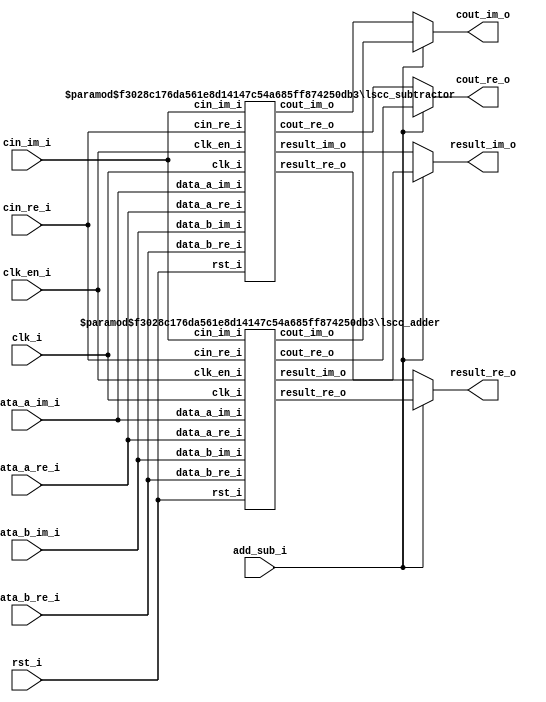
// =============================================================================
// >>>>>>>>>>>>>>>>>>>>>>>>> COPYRIGHT NOTICE <<<<<<<<<<<<<<<<<<<<<<<<<<<<<<<<<<
// -----------------------------------------------------------------------------
//   Copyright (c) 2018 by Lattice Semiconductor Corporation
//   ALL RIGHTS RESERVED 
// -----------------------------------------------------------------------------
//
//   Permission:
//
//      Lattice SG Pte. Ltd. grants permission to use this code
//      pursuant to the terms of the Lattice Reference Design License Agreement. 
//
//
//   Disclaimer:
//
//      This VHDL or Verilog source code is intended as a design reference
//      which illustrates how these types of functions can be implemented.
//      It is the user's responsibility to verify their design for
//      consistency and functionality through the use of formal
//      verification methods.  Lattice provides no warranty
//      regarding the use or functionality of this code.
//
// -----------------------------------------------------------------------------
//
//                  Lattice SG Pte. Ltd.
//                  101 Thomson Road, United Square #07-02 
//                  Singapore 307591
//
//
//                  TEL: 1-800-Lattice (USA and Canada)
//                       +65-6631-2000 (Singapore)
//                       +1-503-268-8001 (other locations)
//
//                  web: http://www.latticesemi.com/
//
// -----------------------------------------------------------------------------
//
// =============================================================================
//                         FILE DETAILS         
// Project               : 
// Title                 : 
// Dependencies          : 
// Description           : A two-input adder/subtractor that performs 
//                       : signed/unsigned addition/subtraction of the data 
//                       : from inputs data_a_re_i and data_b_re_i with an 
//                       : optional cin_re_i carry/borrow input. The output 
//                       : result carries the Sum/Difference of the 
//						 : addition/subtraction operation with an optional 
//						 : cout_re_o carry/borrow output.
// =============================================================================
//                        REVISION HISTORY
// Version               : 1.0.0.
// Author(s)             : 
// Mod. Date             : 
// Changes Made          : Initial release.
// =============================================================================

`ifndef LSCC_ADD_SUB
`define LSCC_ADD_SUB

module lscc_add_sub #
// -----------------------------------------------------------------------------
// Module Parameters
// -----------------------------------------------------------------------------
(
parameter integer D_WIDTH        = 16,
parameter         SIGNED         = "off",
parameter [ 0:0]  USE_CNUM       = 1'b0,
parameter [ 0:0]  USE_CIN        = 1'b0,
parameter [ 0:0]  USE_COUT       = 1'b0,
parameter [ 0:0]  USE_OREG       = 1'b0,
parameter integer PIPELINES      = 0,
parameter [ 0:0]  PIPE_4BIT      = 1'b0,
parameter         FAMILY         = "LIFCL"
)
// -----------------------------------------------------------------------------
// Ports
// -----------------------------------------------------------------------------
(
  // ----- Clocks-Resets for registering -----
clk_i,
clk_en_i,
rst_i,

  // ----- Addition/Subtraction IOs -----
add_sub_i  ,
data_a_re_i,
data_a_im_i,
data_b_re_i,
data_b_im_i,
cin_re_i   ,
cin_im_i   ,
result_re_o,
result_im_o,
cout_re_o  ,
cout_im_o
);

// -----------------------------------------------------------------------------
// Local Parameters
// -----------------------------------------------------------------------------
// Modifying parameter interpretations for easy internal use
// Elaboration Computed
// Not to be externally Overridden/Configured even if parameters

localparam integer I_WIDTH = D_WIDTH;
localparam integer I_WDT = (I_WIDTH < 1) ? 1 : I_WIDTH;
localparam integer MAX_PIPES = ((I_WDT - 1) >> (3 - PIPE_4BIT));
localparam integer PIPES = (PIPELINES > MAX_PIPES) ? MAX_PIPES :
                                                     PIPELINES ;
localparam [I_WDT-1:0] I_VAL_0 = {I_WDT{1'b0}};

// -----------------------------------------------------------------------------
// Declared Input/Output Ports
// -----------------------------------------------------------------------------
  // ----- Clocks-Resets for registering -----
input                  clk_i   ;
input                  clk_en_i;
input                  rst_i   ;

  // ----- Addition/Subtraction IOs -----
input                  add_sub_i  ;
input      [I_WDT-1:0] data_a_re_i;
input      [I_WDT-1:0] data_a_im_i;
input      [I_WDT-1:0] data_b_re_i;
input      [I_WDT-1:0] data_b_im_i;
input                  cin_re_i   ;
input                  cin_im_i   ;
output reg [I_WDT-1:0] result_re_o;
output reg [I_WDT-1:0] result_im_o;
output reg             cout_re_o  ;
output reg             cout_im_o  ;

// -----------------------------------------------------------------------------
// Wire Declarations for Addition/Subtraction
// -----------------------------------------------------------------------------
// ----- Addition -----
wire [I_WDT-1:0] ApB_Re;
wire [I_WDT-1:0] ApB_Im;
wire             pCo_Re;
wire             pCo_Im;

// ----- Subtraction -----
wire [I_WDT-1:0] AmB_Re;
wire [I_WDT-1:0] AmB_Im;
wire             mCo_Re;
wire             mCo_Im;

// -----------------------------------------------------------------------------
// ----- Wire Declarations for Addition/Subtraction Selection -----
// -----------------------------------------------------------------------------
wire add_sub_w;

wire [I_WDT-1:0] result_Re = add_sub_w ? ApB_Re : AmB_Re;
wire [I_WDT-1:0] result_Im = add_sub_w ? ApB_Im : AmB_Im;
wire                 Co_Re = add_sub_w ? pCo_Re : mCo_Re;
wire                 Co_Im = add_sub_w ? pCo_Im : mCo_Im;

// -----------------------------------------------------------------------------
// Submodule Instantiations
// -----------------------------------------------------------------------------
lscc_adder #
(
  .D_WIDTH        ( I_WDT     ),
  .SIGNED         ( SIGNED    ),
  .USE_CNUM       ( USE_CNUM  ),
  .USE_CIN        ( USE_CIN   ),
  .USE_COUT       ( USE_COUT  ),
  .USE_OREG       ( 1'b0      ),
  .PIPELINES      ( PIPES     ),
  .PIPE_4BIT      ( PIPE_4BIT )
) 

U_ADDER (
  // ----- Clocks-Resets for registering -----
  .clk_i     ( clk_i     ),  // I:             Top
  .clk_en_i  ( clk_en_i  ),  // I:             Top
  .rst_i     ( rst_i     ),  // I:             Top

  // ----- Addition IOs -----
  .data_a_re_i  ( data_a_re_i ),  // O: [I_WDT-1:0] Top
  .data_a_im_i  ( data_a_im_i ),  // O: [I_WDT-1:0] Top
  .data_b_re_i  ( data_b_re_i ),  // O: [I_WDT-1:0] Top
  .data_b_im_i  ( data_b_im_i ),  // O: [I_WDT-1:0] Top
  .cin_re_i     ( cin_re_i    ),  // O:             Top
  .cin_im_i     ( cin_im_i    ),  // O:             Top
  .result_re_o  ( ApB_Re      ),  // O: [I_WDT-1:0]
  .result_im_o  ( ApB_Im      ),  // O: [I_WDT-1:0]
  .cout_re_o    ( pCo_Re      ),  // O:            
  .cout_im_o    ( pCo_Im      )   // O:            
);  // U_ADDER

lscc_subtractor #
(
  .D_WIDTH        ( I_WDT     ),
  .SIGNED         ( SIGNED    ),
  .USE_CNUM       ( USE_CNUM  ),
  .USE_CIN        ( USE_CIN   ),
  .USE_COUT       ( USE_COUT  ),
  .USE_OREG       ( 1'b0      ),
  .PIPELINES      ( PIPES     ),
  .PIPE_4BIT      ( PIPE_4BIT )
) 

U_SUBTRACTOR (
  // ----- Clocks-Resets for registering -----
  .clk_i     ( clk_i    ),  // I:             Top
  .clk_en_i  ( clk_en_i ),  // I:             Top
  .rst_i     ( rst_i    ),  // I:             Top

  // ----- Subtraction IOs -----
  .data_a_re_i  ( data_a_re_i ),  // O: [I_WDT-1:0] Top
  .data_a_im_i  ( data_a_im_i ),  // O: [I_WDT-1:0] Top
  .data_b_re_i  ( data_b_re_i ),  // O: [I_WDT-1:0] Top
  .data_b_im_i  ( data_b_im_i ),  // O: [I_WDT-1:0] Top
  .cin_re_i     ( cin_re_i    ),  // O:             Top
  .cin_im_i     ( cin_im_i    ),  // O:             Top
  .result_re_o  ( AmB_Re      ),  // O: [I_WDT-1:0]
  .result_im_o  ( AmB_Im      ),  // O: [I_WDT-1:0]
  .cout_re_o    ( mCo_Re      ),  // O:            
  .cout_im_o    ( mCo_Im      )   // O:            
);  // U_SUBTRACTOR

// -----------------------------------------------------------------------------
// ----- Addition/Subtraction Selection -----
// -----------------------------------------------------------------------------
// Pipelining the Add_Sub selector so that each transfer can have
// independent Addition/Subtraction Selection

generate
if(PIPES > 0)
begin : U_PIPELINES_GT_0
    // --------------
    // Pipelined
    // --------------
  reg add_sub_pipe [PIPES-1:0];

  integer i;
  always @(posedge clk_i or posedge rst_i)
  begin
    if(rst_i)
    begin
      for(i = 0 ; i < PIPES ; i = i + 1)
        add_sub_pipe[i] <= 1'b0;
    end
    else
    begin
      for(i = 0 ; i < PIPES ; i = i + 1)
      begin
        if(i == 0) add_sub_pipe[0] <= add_sub_i        ;
        else       add_sub_pipe[i] <= add_sub_pipe[i-1];
      end
    end
  end

  assign add_sub_w = add_sub_pipe[PIPES-1];
end  // U_PIPELINES_GT_0
else
begin : U_PIPELINES_EQ_0
    // --------------
    // Combinatorial
    // --------------
  assign add_sub_w = add_sub_i;
end  // U_PIPELINES_EQ_0
endgenerate



// -----------------------------------------------------------------------------
// ----- Output Registering -----
// -----------------------------------------------------------------------------
generate
if(USE_OREG)
begin : U_USE_OREG_ON
    // ------------------
    // Sequential Output
    // ------------------
  always @(posedge clk_i or posedge rst_i)
  begin
    if(rst_i)
    begin
      result_re_o <= I_VAL_0;
      result_im_o <= I_VAL_0;
      cout_re_o   <= 1'b0   ;
      cout_im_o   <= 1'b0   ;
    end
    else if(clk_en_i)
    begin
      result_re_o <= result_Re;
      result_im_o <= result_Im;
      cout_re_o   <=     Co_Re;
      cout_im_o   <=     Co_Im;
    end
  end
end  // U_USE_OREG_ON
else
begin : U_USE_OREG_OFF
    // ---------------------
    // Combinatorial Output
    // ---------------------
  always @( * )
  begin
    result_re_o = result_Re;
    result_im_o = result_Im;
    cout_re_o   =     Co_Re;
    cout_im_o   =     Co_Im;
  end
end  // U_USE_OREG_OFF
endgenerate

// synthesis translate_off

// -----------------------------------------------------------------------------
// Parsing User Configurations
// -----------------------------------------------------------------------------
initial
begin
  if(I_WIDTH != I_WDT)
  begin
    $display("@I:Invalid configuration D_WIDTH = %d", I_WIDTH);
    $display("@I:Corrected to                           %d", I_WDT);
  end

  if(PIPELINES != PIPES)
  begin
    $display("@I:Invalid configuration PIPELINES = %d", PIPELINES);
    $display("@I:Corrected to                      %d", PIPES    );
  end
end

// synthesis translate_on

endmodule 
//=============================================================================
// lscc_add_sub.v
//=============================================================================

`endif

// =============================================================================
// >>>>>>>>>>>>>>>>>>>>>>>>> COPYRIGHT NOTICE <<<<<<<<<<<<<<<<<<<<<<<<<<<<<<<<<<
// -----------------------------------------------------------------------------
//   Copyright (c) 2017 by Lattice Semiconductor Corporation
//   ALL RIGHTS RESERVED 
// -----------------------------------------------------------------------------
//
//   Permission:
//
//      Lattice SG Pte. Ltd. grants permission to use this code
//      pursuant to the terms of the Lattice Reference Design License Agreement. 
//
//
//   Disclaimer:
//
//      This VHDL or Verilog source code is intended as a design reference
//      which illustrates how these types of functions can be implemented.
//      It is the user's responsibility to verify their design for
//      consistency and functionality through the use of formal
//      verification methods.  Lattice provides no warranty
//      regarding the use or functionality of this code.
//
// -----------------------------------------------------------------------------
//
//                  Lattice SG Pte. Ltd.
//                  101 Thomson Road, United Square #07-02 
//                  Singapore 307591
//
//
//                  TEL: 1-800-Lattice (USA and Canada)
//                       +65-6631-2000 (Singapore)
//                       +1-503-268-8001 (other locations)
//
//                  web: http://www.latticesemi.com/
//
// -----------------------------------------------------------------------------
//
// =============================================================================
//                         FILE DETAILS         
// Project               : 
// Title                 : 
// Dependencies          : 
// Description           : A two-input adder that performs signed/unsigned
//                       : addition of the data from inputs DataA and DataB
//                       : with an optional Cin carry input. The output Result
//                       : carries the Sum of the addition operation with an
//                       : optional Cout carry output.
// =============================================================================
//                        REVISION HISTORY
// Version               : 1.1.0.
// Author(s)             : 
// Mod. Date             : 
// Changes Made          : Removed register input option.
// =============================================================================

`ifndef LSCC_ADDER
`define LSCC_ADDER

module lscc_adder #
// -----------------------------------------------------------------------------
// Module Parameters
// -----------------------------------------------------------------------------
(
parameter integer            D_WIDTH   = 16,
parameter                    SIGNED    = "off",
parameter                    USE_CNUM  = 0,
parameter                    USE_CIN   = 0,
parameter                    USE_COUT  = 0,
parameter                    USE_IREG  = "off",
parameter                    USE_OREG  = "off",
parameter integer            PIPELINES = 0,
parameter                    PIPE_4BIT = 1'b0,
parameter                    FAMILY    = "LIFCL"
)
// -----------------------------------------------------------------------------
// Input/Output Ports
// -----------------------------------------------------------------------------
(
input                        clk_i,
input                        clk_en_i,
input                        rst_i,
input [D_WIDTH-1:0]          data_a_re_i,
input [D_WIDTH-1:0]          data_a_im_i,
input [D_WIDTH-1:0]          data_b_re_i,
input [D_WIDTH-1:0]          data_b_im_i,
input                        cin_re_i,
input                        cin_im_i,

output reg [D_WIDTH-1:0]     result_re_o,
output reg [D_WIDTH-1:0]     result_im_o,
output reg                   cout_re_o,
output reg                   cout_im_o
);

// -----------------------------------------------------------------------------
// Local Parameters
// -----------------------------------------------------------------------------
localparam                   CNUM      = (USE_CNUM == 0) ? 1'b0 : 1'b1;
localparam                   CIN       = (USE_CIN  == 0) ? 1'b0 : 1'b1;
localparam                   COUT      = (USE_COUT == 0) ? 1'b0 : 1'b1;
localparam integer           MAX_PIPES = ((D_WIDTH - 1) >> (3 - PIPE_4BIT));
localparam integer           PIPES     = (PIPELINES > MAX_PIPES) ? MAX_PIPES : PIPELINES;
localparam integer           MIN_SFT   = (D_WIDTH/(PIPES + 1));
localparam integer           MIN_SFT_C = (MIN_SFT * (PIPES + 1));
localparam integer           SFT_WDT   = (MIN_SFT + (MIN_SFT_C < D_WIDTH));
localparam integer           PIPE_WDT  = (PIPES * SFT_WDT);
localparam [D_WIDTH-1:0]     I_VAL_0   = {D_WIDTH{1'b0}};

// -----------------------------------------------------------------------------
// Combinatorial/Sequential Registers
// -----------------------------------------------------------------------------
reg [D_WIDTH-1:0]            A_Re;
reg [D_WIDTH-1:0]            B_Re;
reg [D_WIDTH-1:0]            A_Im;
reg [D_WIDTH-1:0]            B_Im;
reg                          Ci_Im;
reg                          Ci_Re;
reg                          Co_Re;
reg                          Co_Im;

// -----------------------------------------------------------------------------
// Wire Declarations
// -----------------------------------------------------------------------------
wire [D_WIDTH-1:0]           ApB_Re;
wire [D_WIDTH-1:0]           ApB_Im;
wire                         A_Re_msb;
wire                         B_Re_msb;
wire                         A_Im_msb;
wire                         B_Im_msb;

wire                         ApB_Re_msb = ApB_Re[D_WIDTH-1];
wire                         ApB_Im_msb = ApB_Im[D_WIDTH-1];
wire                         Co_Re_c    = (COUT & Co_Re);
wire                         Co_Im_c    = (COUT & Co_Im);

// -----------------------------------------------------------------------------
// Combinatorial Blocks
// -----------------------------------------------------------------------------
always @* begin
  if (SIGNED == "on") begin
    case({A_Re_msb, B_Re_msb})
      2'b00: Co_Re =  ApB_Re_msb;
      2'b11: Co_Re = ~ApB_Re_msb;
      2'b01,
      2'b10: Co_Re = 1'b0;
    endcase

    case({A_Im_msb, B_Im_msb})
      2'b00: Co_Im =  ApB_Im_msb;
      2'b11: Co_Im = ~ApB_Im_msb;
      2'b01,
      2'b10: Co_Im = 1'b0;
    endcase
  end
  else begin
    case({A_Re_msb, B_Re_msb})
      2'b00: Co_Re = 1'b0;
      2'b11: Co_Re = 1'b1;
      2'b01,
      2'b10: Co_Re = ~ApB_Re_msb;
    endcase

    case({A_Im_msb, B_Im_msb})
      2'b00: Co_Im = 1'b0;
      2'b11: Co_Im = 1'b1;
      2'b01,
      2'b10: Co_Im = ~ApB_Im_msb;
    endcase
  end
end

// -----------------------------------------------------------------------------
// Generate Combinatorial/Sequential Blocks
// -----------------------------------------------------------------------------
generate
  if(USE_IREG == "on") begin : U_I_REG_ON
    // -----------------
    // Sequential Input
    // -----------------
    always @ (posedge clk_i or posedge rst_i) begin
      if (rst_i) begin
        A_Re  <= I_VAL_0;
        B_Re  <= I_VAL_0;
        A_Im  <= I_VAL_0;
        B_Im  <= I_VAL_0;
        Ci_Im <= 1'b0;
        Ci_Re <= 1'b0;
      end
      else if (clk_en_i) begin
        A_Re  <= data_a_re_i ;
        B_Re  <= data_b_re_i ;
        A_Im  <= ({D_WIDTH {CNUM}} & data_a_im_i);
        B_Im  <= ({D_WIDTH {CNUM}} & data_b_im_i);
        Ci_Im <= (CIN & CNUM & cin_im_i);
        Ci_Re <= (CIN & cin_re_i);
      end
    end
  end  // U_I_REG_ON
  else begin : U_I_REG_OFF
    // --------------------
    // Combinatorial Input
    // --------------------
    always @* begin
      A_Re  = data_a_re_i ;
      B_Re  = data_b_re_i ;
      A_Im  = ({D_WIDTH {CNUM}} & data_a_im_i);
      B_Im  = ({D_WIDTH {CNUM}} & data_b_im_i);
      Ci_Im = (CIN & CNUM & cin_im_i);
      Ci_Re = (CIN & cin_re_i);
    end
  end  // U_I_REG_OFF
endgenerate

generate
  if (PIPES > 0) begin : U_PIPELINES_GT_0
    // -------------------------------------------------------------------------
    // PIPELINED
    // Addition here happens as given below.
    // rst_i: All pipes initialized to All 0's
    // i is 0: Add raw inputs of Shift Width size
    // Add piped inputs of Shift Width size and accumulate with the value
    // from the previous pipe.
    // -------------------------------------------------------------------------
    reg [D_WIDTH-1:0] A_Re_pipe [PIPES-1:0];
    reg [D_WIDTH-1:0] B_Re_pipe [PIPES-1:0];
    reg [D_WIDTH-1:0] A_Im_pipe [PIPES-1:0];
    reg [D_WIDTH-1:0] B_Im_pipe [PIPES-1:0];
    reg [D_WIDTH-1:0] ApB_Re_pipe [PIPES-1:0];
    reg [D_WIDTH-1:0] ApB_Im_pipe [PIPES-1:0];
  
    integer i;
    always @ (posedge clk_i or posedge rst_i) begin
      if (rst_i) begin
        for(i = 0 ; i < PIPES ; i = i + 1) begin
          A_Re_pipe[i]   <= I_VAL_0;
          B_Re_pipe[i]   <= I_VAL_0;
          A_Im_pipe[i]   <= I_VAL_0;
          B_Im_pipe[i]   <= I_VAL_0;
          ApB_Re_pipe[i] <= I_VAL_0;
          ApB_Im_pipe[i] <= I_VAL_0;
        end
      end
      else begin
        for (i = 0 ; i < PIPES ; i = i + 1) begin
          if (i == 0) begin
            A_Re_pipe[0] <= A_Re;
            B_Re_pipe[0] <= B_Re;
            A_Im_pipe[0] <= A_Im;
            B_Im_pipe[0] <= B_Im;
          end
          else begin
            A_Re_pipe[i] <= A_Re_pipe[i-1];
            B_Re_pipe[i] <= B_Re_pipe[i-1];
            A_Im_pipe[i] <= A_Im_pipe[i-1];
            B_Im_pipe[i] <= B_Im_pipe[i-1];
          end
  
          if (i == 0) begin
            ApB_Re_pipe[0] <= ( A_Re[SFT_WDT-1:0] +
                                B_Re[SFT_WDT-1:0] +
                               Ci_Re             );
            ApB_Im_pipe[0] <= ( A_Im[SFT_WDT-1:0] +
                                B_Im[SFT_WDT-1:0] +
                               Ci_Im             );
          end
          else begin
            ApB_Re_pipe[i] <= {ApB_Re_pipe[i-1]                         +
                               ((A_Re_pipe[i-1][(i*SFT_WDT) +: SFT_WDT] +
                                 B_Re_pipe[i-1][(i*SFT_WDT) +: SFT_WDT]
                                ) << (i*SFT_WDT))
                              };
            ApB_Im_pipe[i] <= {ApB_Im_pipe[i-1]                         +
                               ((A_Im_pipe[i-1][(i*SFT_WDT) +: SFT_WDT] +
                                 B_Im_pipe[i-1][(i*SFT_WDT) +: SFT_WDT]
                                ) << (i*SFT_WDT))
                              };
          end
        end
      end
    end
  
    assign A_Re_msb = A_Re_pipe[PIPES-1][D_WIDTH-1];
    assign B_Re_msb = B_Re_pipe[PIPES-1][D_WIDTH-1];
    assign A_Im_msb = A_Im_pipe[PIPES-1][D_WIDTH-1];
    assign B_Im_msb = B_Im_pipe[PIPES-1][D_WIDTH-1];
  
    assign ApB_Re   = {ApB_Re_pipe[PIPES-1]                   +
                       ((A_Re_pipe[PIPES-1][D_WIDTH-1:PIPE_WDT] +
                         B_Re_pipe[PIPES-1][D_WIDTH-1:PIPE_WDT]
                        ) << PIPE_WDT)
                      };
    assign ApB_Im   = {ApB_Im_pipe[PIPES-1]                   +
                       ((A_Im_pipe[PIPES-1][D_WIDTH-1:PIPE_WDT] +
                         B_Im_pipe[PIPES-1][D_WIDTH-1:PIPE_WDT]
                        ) << PIPE_WDT)
                      };
  end  // U_PIPELINES_GT_0
  else begin : U_PIPELINES_EQ_0
    // --------------
    // Combinatorial
    // --------------
    assign A_Re_msb = A_Re[D_WIDTH-1];
    assign B_Re_msb = B_Re[D_WIDTH-1];
    assign A_Im_msb = A_Im[D_WIDTH-1];
    assign B_Im_msb = B_Im[D_WIDTH-1];
  
    assign ApB_Re = {A_Re + B_Re + Ci_Re};
    assign ApB_Im = {A_Im + B_Im + Ci_Im};

  end  // U_PIPELINES_EQ_0
endgenerate

generate
  if (USE_OREG == "on") begin : U_O_REG_ON
    // ------------------
    // Sequential Output
    // ------------------
    always @ (posedge clk_i or posedge rst_i) begin
      if (rst_i) begin
        result_re_o <= I_VAL_0;
        result_im_o <= I_VAL_0;
        cout_re_o   <= 1'b0;
        cout_im_o   <= 1'b0;
      end
      else if (clk_en_i) begin
        result_re_o <= ApB_Re;
        result_im_o <= ApB_Im;
        cout_re_o   <=  Co_Re_c;
        cout_im_o   <=  Co_Im_c;
      end
    end
  end  // U_O_REG_ON
  else begin : U_O_REG_OFF
    // ---------------------
    // Combinatorial Output
    // ---------------------
    always @* begin
      result_re_o = ApB_Re;
      result_im_o = ApB_Im;
      cout_re_o   =  Co_Re_c;
      cout_im_o   =  Co_Im_c;
    end
  end  // U_O_REG_OFF
endgenerate

endmodule
//=============================================================================
// lscc_adder.v
//=============================================================================
`endif

// =============================================================================
// >>>>>>>>>>>>>>>>>>>>>>>>> COPYRIGHT NOTICE <<<<<<<<<<<<<<<<<<<<<<<<<<<<<<<<<<
// -----------------------------------------------------------------------------
//   Copyright (c) 2017 by Lattice Semiconductor Corporation
//   ALL RIGHTS RESERVED 
// -----------------------------------------------------------------------------
//
//   Permission:
//
//      Lattice SG Pte. Ltd. grants permission to use this code
//      pursuant to the terms of the Lattice Reference Design License Agreement. 
//
//
//   Disclaimer:
//
//      This VHDL or Verilog source code is intended as a design reference
//      which illustrates how these types of functions can be implemented.
//      It is the user's responsibility to verify their design for
//      consistency and functionality through the use of formal
//      verification methods.  Lattice provides no warranty
//      regarding the use or functionality of this code.
//
// -----------------------------------------------------------------------------
//
//                  Lattice SG Pte. Ltd.
//                  101 Thomson Road, United Square #07-02 
//                  Singapore 307591
//
//
//                  TEL: 1-800-Lattice (USA and Canada)
//                       +65-6631-2000 (Singapore)
//                       +1-503-268-8001 (other locations)
//
//                  web: http://www.latticesemi.com/
//
// -----------------------------------------------------------------------------
//
// =============================================================================
//                         FILE DETAILS         
// Project               : 
// Title                 : 
// Dependencies          : 
// Description           : A two-input subtractor that performs signed/unsigned
//                       : subtraction of the data from inputs DataA and DataB
//                       : with an optional Cin borrow input. The output Result
//                       : carries the Difference of the subtraction operation
//                       : with an optional Cout borrow output.
// =============================================================================
//                        REVISION HISTORY
// Version               : 1.1.0
// Author(s)             : 
// Mod. Date             : 
// Changes Made          : Removed registered input option.
// =============================================================================

`ifndef LSCC_SUBTRACTOR
`define LSCC_SUBTRACTOR

module lscc_subtractor #
// -----------------------------------------------------------------------------
// Module Parameters
// -----------------------------------------------------------------------------
(
parameter integer            D_WIDTH   = 16,
parameter                    SIGNED    = "off",
parameter                    USE_CNUM  = 0,
parameter                    USE_CIN   = 0,
parameter                    USE_COUT  = 0,
parameter                    USE_IREG  = "off",
parameter                    USE_OREG  = "off",
parameter integer            PIPELINES = 0,
parameter                    PIPE_4BIT = 1'b0,
parameter                    FAMILY    = "LIFCL"
)
// -----------------------------------------------------------------------------
// Input/Output Ports
// -----------------------------------------------------------------------------
(
input                        clk_i,
input                        clk_en_i,
input                        rst_i,
input [D_WIDTH-1:0]          data_a_re_i,
input [D_WIDTH-1:0]          data_a_im_i,
input [D_WIDTH-1:0]          data_b_re_i,
input [D_WIDTH-1:0]          data_b_im_i,
input                        cin_re_i,
input                        cin_im_i,

output reg [D_WIDTH-1:0]     result_re_o,
output reg [D_WIDTH-1:0]     result_im_o,
output reg                   cout_re_o,
output reg                   cout_im_o
);

// -----------------------------------------------------------------------------
// Local Parameters
// -----------------------------------------------------------------------------
localparam                   CNUM      = (USE_CNUM == 0) ? 1'b0 : 1'b1;
localparam                   CIN       = (USE_CIN  == 0) ? 1'b0 : 1'b1;
localparam                   COUT      = (USE_COUT == 0) ? 1'b0 : 1'b1;
localparam                   UNSIGNED  = (SIGNED == "on") ? 1'b0 : 1'b1;
localparam integer           MAX_PIPES = ((D_WIDTH - 1) >> (3 - PIPE_4BIT));
localparam integer           PIPES     = (PIPELINES > MAX_PIPES) ? MAX_PIPES : PIPELINES ;
localparam integer           MIN_SFT   = (D_WIDTH/(PIPES + 1));
localparam integer           MIN_SFT_C = (MIN_SFT * (PIPES + 1));
localparam integer           SFT_WDT   = (MIN_SFT + (MIN_SFT_C < D_WIDTH));
localparam integer           PIPE_WDT  = (PIPES * SFT_WDT);
localparam [D_WIDTH-1:0]     VAL_0     = {D_WIDTH{1'b0}};

// -----------------------------------------------------------------------------
// Combinatorial/Sequential Registers
// -----------------------------------------------------------------------------
reg [D_WIDTH-1:0]            A_Re;
reg [D_WIDTH-1:0]            B_Re;
reg [D_WIDTH-1:0]            A_Im;
reg [D_WIDTH-1:0]            B_Im;
reg                          Ci_Im;
reg                          Ci_Re;
reg                          Co_Re;
reg                          Co_Im;

// -----------------------------------------------------------------------------
// Wire Declarations
// -----------------------------------------------------------------------------
wire [D_WIDTH-1:0]           AmB_Re;
wire [D_WIDTH-1:0]           AmB_Im;
wire                         A_Re_msb;
wire                         B_Re_msb;
wire                         A_Im_msb;
wire                         B_Im_msb;

wire                         AmB_Re_msb = AmB_Re[D_WIDTH-1];
wire                         AmB_Im_msb = AmB_Im[D_WIDTH-1];
wire                         Co_Re_c    = (COUT & (UNSIGNED ^ Co_Re));
wire                         Co_Im_c    = (COUT & (UNSIGNED ^ Co_Im));

// -----------------------------------------------------------------------------
// Combinatorial Blocks
// -----------------------------------------------------------------------------
always @* begin
  if (SIGNED == "on") begin
    case({A_Re_msb, B_Re_msb})
      2'b00,
      2'b11: Co_Re = 1'b0;
      2'b01: Co_Re =  AmB_Re_msb;
      2'b10: Co_Re = ~AmB_Re_msb;
    endcase

    case({A_Im_msb, B_Im_msb})
      2'b00,
      2'b11: Co_Im = 1'b0;
      2'b01: Co_Im =  AmB_Im_msb;
      2'b10: Co_Im = ~AmB_Im_msb;
    endcase
  end
  else begin
    case({A_Re_msb, B_Re_msb})
      2'b00,
      2'b11: Co_Re = ~AmB_Re_msb;
      2'b01: Co_Re = 1'b0;
      2'b10: Co_Re = 1'b1;
    endcase

    case({A_Im_msb, B_Im_msb})
      2'b00,
      2'b11: Co_Im = ~AmB_Im_msb;
      2'b01: Co_Im = 1'b0;
      2'b10: Co_Im = 1'b1;
    endcase
  end
end

// -----------------------------------------------------------------------------
// Generate Combinatorial/Sequential Blocks
// -----------------------------------------------------------------------------
generate
  if (USE_IREG == "on") begin : U_I_REG_ON
    // -----------------
    // Sequential Input
    // -----------------
    always @ (posedge clk_i or posedge rst_i) begin
      if (rst_i) begin
        A_Re  <= VAL_0;
        B_Re  <= VAL_0;
        A_Im  <= VAL_0;
        B_Im  <= VAL_0;
        Ci_Im <= 1'b0;
        Ci_Re <= 1'b0;
      end
      else if (clk_en_i) begin
        A_Re  <= data_a_re_i;
        B_Re  <= data_b_re_i;
        A_Im  <= ({D_WIDTH {CNUM}} & data_a_im_i);
        B_Im  <= ({D_WIDTH {CNUM}} & data_b_im_i);
        Ci_Im <= (CIN & CNUM & ~cin_im_i);
        Ci_Re <= (CIN &  ~cin_re_i);
      end
    end
  end  // U_I_REG_ON
  else begin : U_I_REG_OFF
    // --------------------
    // Combinatorial Input
    // --------------------
    always @* begin
      A_Re  = data_a_re_i;
      B_Re  = data_b_re_i;
      A_Im  = ({D_WIDTH {CNUM}} & data_a_im_i);
      B_Im  = ({D_WIDTH {CNUM}} & data_b_im_i);
      Ci_Im = (CIN & CNUM & cin_im_i);
      Ci_Re = (CIN & cin_re_i);
    end
  end  // U_I_REG_OFF
endgenerate

generate
  if (PIPES > 0) begin : U_PIPELINES_GT_0
    // -------------------------------------------------------------------------
    // PIPELINED
    // Subtraction here happens as given below.
    // rst_i: All pipes initialized to All 0's
    // i is 0: Subtract raw inputs of Shift Width size
    // Subtract piped inputs of Shift Width size and accumulate with the
    // value from the previous pipe
    // -------------------------------------------------------------------------
    reg [D_WIDTH-1:0] A_Re_pipe [PIPES-1:0];
    reg [D_WIDTH-1:0] B_Re_pipe [PIPES-1:0];
    reg [D_WIDTH-1:0] A_Im_pipe [PIPES-1:0];
    reg [D_WIDTH-1:0] B_Im_pipe [PIPES-1:0];
    reg [D_WIDTH-1:0] AmB_Re_pipe [PIPES-1:0];
    reg [D_WIDTH-1:0] AmB_Im_pipe [PIPES-1:0];

    integer i;
    always @ (posedge clk_i or posedge rst_i) begin
      if (rst_i) begin
        for (i = 0 ; i < PIPES ; i = i + 1) begin
          A_Re_pipe[i]   <= VAL_0;
          B_Re_pipe[i]   <= VAL_0;
          A_Im_pipe[i]   <= VAL_0;
          B_Im_pipe[i]   <= VAL_0;
          AmB_Re_pipe[i] <= VAL_0;
          AmB_Im_pipe[i] <= VAL_0;
        end
      end
      else begin
        for (i = 0 ; i < PIPES ; i = i + 1) begin
          if (i == 0) begin
            A_Re_pipe[0] <= A_Re;
            B_Re_pipe[0] <= B_Re;
            A_Im_pipe[0] <= A_Im;
            B_Im_pipe[0] <= B_Im;
          end
          else begin
            A_Re_pipe[i] <= A_Re_pipe[i-1];
            B_Re_pipe[i] <= B_Re_pipe[i-1];
            A_Im_pipe[i] <= A_Im_pipe[i-1];
            B_Im_pipe[i] <= B_Im_pipe[i-1];
          end
    
          if (i == 0) begin
            AmB_Re_pipe[0] <= ( A_Re[SFT_WDT-1:0] -
                                B_Re[SFT_WDT-1:0] -
                               Ci_Re             );
            AmB_Im_pipe[0] <= ( A_Im[SFT_WDT-1:0] -
                                B_Im[SFT_WDT-1:0] -
                               Ci_Im             );
          end
          else begin
            AmB_Re_pipe[i] <= {AmB_Re_pipe[i-1]                         +
                               ((A_Re_pipe[i-1][(i*SFT_WDT) +: SFT_WDT] -
                                 B_Re_pipe[i-1][(i*SFT_WDT) +: SFT_WDT]
                                ) << (i*SFT_WDT))
                              };
            AmB_Im_pipe[i] <= {AmB_Im_pipe[i-1]                         +
                               ((A_Im_pipe[i-1][(i*SFT_WDT) +: SFT_WDT] -
                                 B_Im_pipe[i-1][(i*SFT_WDT) +: SFT_WDT]
                                ) << (i*SFT_WDT))
                              };
          end
        end
      end
    end
    
    assign A_Re_msb = A_Re_pipe[PIPES-1][D_WIDTH-1];
    assign B_Re_msb = B_Re_pipe[PIPES-1][D_WIDTH-1];
    assign A_Im_msb = A_Im_pipe[PIPES-1][D_WIDTH-1];
    assign B_Im_msb = B_Im_pipe[PIPES-1][D_WIDTH-1];
    
    assign AmB_Re   = {AmB_Re_pipe[PIPES-1]                   +
                       ((A_Re_pipe[PIPES-1][D_WIDTH-1:PIPE_WDT] -
                         B_Re_pipe[PIPES-1][D_WIDTH-1:PIPE_WDT]
                        ) << PIPE_WDT)
                      };
    assign AmB_Im   = {AmB_Im_pipe[PIPES-1]                   +
                       ((A_Im_pipe[PIPES-1][D_WIDTH-1:PIPE_WDT] -
                         B_Im_pipe[PIPES-1][D_WIDTH-1:PIPE_WDT]
                        ) << PIPE_WDT)
                      };
  end  // U_PIPELINES_GT_0
  else begin : U_PIPELINES_EQ_0
    // --------------
    // Combinatorial
    // --------------
    assign A_Re_msb = A_Re[D_WIDTH-1];
    assign B_Re_msb = B_Re[D_WIDTH-1];
    assign A_Im_msb = A_Im[D_WIDTH-1];
    assign B_Im_msb = B_Im[D_WIDTH-1];
    
    assign AmB_Re = {A_Re - B_Re - Ci_Re};
    assign AmB_Im = {A_Im - B_Im - Ci_Im};

  end  // U_PIPELINES_EQ_0
endgenerate

generate
  if (USE_OREG == "on") begin : U_O_REG_ON
    // ------------------
    // Sequential Output
    // ------------------
    always @ (posedge clk_i or posedge rst_i) begin
      if (rst_i) begin
        result_re_o <= VAL_0;
        result_im_o <= VAL_0;
        cout_re_o   <= UNSIGNED;
        cout_im_o   <= UNSIGNED;
      end
      else if (clk_en_i) begin
        result_re_o <= AmB_Re;
        result_im_o <= AmB_Im;
        cout_re_o   <= Co_Re_c;
        cout_im_o   <= Co_Im_c;
      end
    end
  end  // U_O_REG_ON
  else begin : U_O_REG_OFF
    // ---------------------
    // Combinatorial Output
    // ---------------------
    always @* begin
      result_re_o = AmB_Re;
      result_im_o = AmB_Im;
      cout_re_o   = Co_Re_c;
      cout_im_o   = Co_Im_c;
    end
  end  // U_O_REG_OFF
endgenerate

endmodule
//=============================================================================
// lscc_subtractor.v
//=============================================================================
`endif

// =============================================================================
// >>>>>>>>>>>>>>>>>>>>>>>>> COPYRIGHT NOTICE <<<<<<<<<<<<<<<<<<<<<<<<<<<<<<<<<<
// -----------------------------------------------------------------------------
//   Copyright (c) 2017 by Lattice Semiconductor Corporation
//   ALL RIGHTS RESERVED 
// -----------------------------------------------------------------------------
//
//   Permission:
//
//      Lattice SG Pte. Ltd. grants permission to use this code
//      pursuant to the terms of the Lattice Reference Design License Agreement. 
//
//
//   Disclaimer:
//
//      This VHDL or Verilog source code is intended as a design reference
//      which illustrates how these types of functions can be implemented.
//      It is the user's responsibility to verify their design for
//      consistency and functionality through the use of formal
//      verification methods.  Lattice provides no warranty
//      regarding the use or functionality of this code.
//
// -----------------------------------------------------------------------------
//
//                  Lattice SG Pte. Ltd.
//                  101 Thomson Road, United Square #07-02 
//                  Singapore 307591
//
//
//                  TEL: 1-800-Lattice (USA and Canada)
//                       +65-6631-2000 (Singapore)
//                       +1-503-268-8001 (other locations)
//
//                  web: http://www.latticesemi.com/
//
// -----------------------------------------------------------------------------
//
// =============================================================================
//                         FILE DETAILS         
// Project               : 
// Title                 : 
// Dependencies          : 
// Description           : A two-input subtractor that performs signed/unsigned
//                       : subtraction of the data from inputs DataA and DataB
//                       : with an optional Cin borrow input. The output Result
//                       : carries the Difference of the subtraction operation
//                       : with an optional Cout borrow output.
// =============================================================================
//                        REVISION HISTORY
// Version               : 1.1.0
// Author(s)             : 
// Mod. Date             : 
// Changes Made          : Removed registered input option.
// =============================================================================

`ifndef LSCC_SUBTRACTOR
`define LSCC_SUBTRACTOR

module lscc_subtractor #
// -----------------------------------------------------------------------------
// Module Parameters
// -----------------------------------------------------------------------------
(
parameter integer            D_WIDTH   = 16,
parameter                    SIGNED    = "off",
parameter                    USE_CNUM  = 0,
parameter                    USE_CIN   = 0,
parameter                    USE_COUT  = 0,
parameter                    USE_IREG  = "off",
parameter                    USE_OREG  = "off",
parameter integer            PIPELINES = 0,
parameter                    PIPE_4BIT = 1'b0,
parameter                    FAMILY    = "LIFCL"
)
// -----------------------------------------------------------------------------
// Input/Output Ports
// -----------------------------------------------------------------------------
(
input                        clk_i,
input                        clk_en_i,
input                        rst_i,
input [D_WIDTH-1:0]          data_a_re_i,
input [D_WIDTH-1:0]          data_a_im_i,
input [D_WIDTH-1:0]          data_b_re_i,
input [D_WIDTH-1:0]          data_b_im_i,
input                        cin_re_i,
input                        cin_im_i,

output reg [D_WIDTH-1:0]     result_re_o,
output reg [D_WIDTH-1:0]     result_im_o,
output reg                   cout_re_o,
output reg                   cout_im_o
);

// -----------------------------------------------------------------------------
// Local Parameters
// -----------------------------------------------------------------------------
localparam                   CNUM      = (USE_CNUM == 0) ? 1'b0 : 1'b1;
localparam                   CIN       = (USE_CIN  == 0) ? 1'b0 : 1'b1;
localparam                   COUT      = (USE_COUT == 0) ? 1'b0 : 1'b1;
localparam                   UNSIGNED  = (SIGNED == "on") ? 1'b0 : 1'b1;
localparam integer           MAX_PIPES = ((D_WIDTH - 1) >> (3 - PIPE_4BIT));
localparam integer           PIPES     = (PIPELINES > MAX_PIPES) ? MAX_PIPES : PIPELINES ;
localparam integer           MIN_SFT   = (D_WIDTH/(PIPES + 1));
localparam integer           MIN_SFT_C = (MIN_SFT * (PIPES + 1));
localparam integer           SFT_WDT   = (MIN_SFT + (MIN_SFT_C < D_WIDTH));
localparam integer           PIPE_WDT  = (PIPES * SFT_WDT);
localparam [D_WIDTH-1:0]     VAL_0     = {D_WIDTH{1'b0}};

// -----------------------------------------------------------------------------
// Combinatorial/Sequential Registers
// -----------------------------------------------------------------------------
reg [D_WIDTH-1:0]            A_Re;
reg [D_WIDTH-1:0]            B_Re;
reg [D_WIDTH-1:0]            A_Im;
reg [D_WIDTH-1:0]            B_Im;
reg                          Ci_Im;
reg                          Ci_Re;
reg                          Co_Re;
reg                          Co_Im;

// -----------------------------------------------------------------------------
// Wire Declarations
// -----------------------------------------------------------------------------
wire [D_WIDTH-1:0]           AmB_Re;
wire [D_WIDTH-1:0]           AmB_Im;
wire                         A_Re_msb;
wire                         B_Re_msb;
wire                         A_Im_msb;
wire                         B_Im_msb;

wire                         AmB_Re_msb = AmB_Re[D_WIDTH-1];
wire                         AmB_Im_msb = AmB_Im[D_WIDTH-1];
wire                         Co_Re_c    = (COUT & (UNSIGNED ^ Co_Re));
wire                         Co_Im_c    = (COUT & (UNSIGNED ^ Co_Im));

// -----------------------------------------------------------------------------
// Combinatorial Blocks
// -----------------------------------------------------------------------------
always @* begin
  if (SIGNED == "on") begin
    case({A_Re_msb, B_Re_msb})
      2'b00,
      2'b11: Co_Re = 1'b0;
      2'b01: Co_Re =  AmB_Re_msb;
      2'b10: Co_Re = ~AmB_Re_msb;
    endcase

    case({A_Im_msb, B_Im_msb})
      2'b00,
      2'b11: Co_Im = 1'b0;
      2'b01: Co_Im =  AmB_Im_msb;
      2'b10: Co_Im = ~AmB_Im_msb;
    endcase
  end
  else begin
    case({A_Re_msb, B_Re_msb})
      2'b00,
      2'b11: Co_Re = ~AmB_Re_msb;
      2'b01: Co_Re = 1'b0;
      2'b10: Co_Re = 1'b1;
    endcase

    case({A_Im_msb, B_Im_msb})
      2'b00,
      2'b11: Co_Im = ~AmB_Im_msb;
      2'b01: Co_Im = 1'b0;
      2'b10: Co_Im = 1'b1;
    endcase
  end
end

// -----------------------------------------------------------------------------
// Generate Combinatorial/Sequential Blocks
// -----------------------------------------------------------------------------
generate
  if (USE_IREG == "on") begin : U_I_REG_ON
    // -----------------
    // Sequential Input
    // -----------------
    always @ (posedge clk_i or posedge rst_i) begin
      if (rst_i) begin
        A_Re  <= VAL_0;
        B_Re  <= VAL_0;
        A_Im  <= VAL_0;
        B_Im  <= VAL_0;
        Ci_Im <= 1'b0;
        Ci_Re <= 1'b0;
      end
      else if (clk_en_i) begin
        A_Re  <= data_a_re_i;
        B_Re  <= data_b_re_i;
        A_Im  <= ({D_WIDTH {CNUM}} & data_a_im_i);
        B_Im  <= ({D_WIDTH {CNUM}} & data_b_im_i);
        Ci_Im <= (CIN & CNUM & ~cin_im_i);
        Ci_Re <= (CIN &  ~cin_re_i);
      end
    end
  end  // U_I_REG_ON
  else begin : U_I_REG_OFF
    // --------------------
    // Combinatorial Input
    // --------------------
    always @* begin
      A_Re  = data_a_re_i;
      B_Re  = data_b_re_i;
      A_Im  = ({D_WIDTH {CNUM}} & data_a_im_i);
      B_Im  = ({D_WIDTH {CNUM}} & data_b_im_i);
      Ci_Im = (CIN & CNUM & cin_im_i);
      Ci_Re = (CIN & cin_re_i);
    end
  end  // U_I_REG_OFF
endgenerate

generate
  if (PIPES > 0) begin : U_PIPELINES_GT_0
    // -------------------------------------------------------------------------
    // PIPELINED
    // Subtraction here happens as given below.
    // rst_i: All pipes initialized to All 0's
    // i is 0: Subtract raw inputs of Shift Width size
    // Subtract piped inputs of Shift Width size and accumulate with the
    // value from the previous pipe
    // -------------------------------------------------------------------------
    reg [D_WIDTH-1:0] A_Re_pipe [PIPES-1:0];
    reg [D_WIDTH-1:0] B_Re_pipe [PIPES-1:0];
    reg [D_WIDTH-1:0] A_Im_pipe [PIPES-1:0];
    reg [D_WIDTH-1:0] B_Im_pipe [PIPES-1:0];
    reg [D_WIDTH-1:0] AmB_Re_pipe [PIPES-1:0];
    reg [D_WIDTH-1:0] AmB_Im_pipe [PIPES-1:0];

    integer i;
    always @ (posedge clk_i or posedge rst_i) begin
      if (rst_i) begin
        for (i = 0 ; i < PIPES ; i = i + 1) begin
          A_Re_pipe[i]   <= VAL_0;
          B_Re_pipe[i]   <= VAL_0;
          A_Im_pipe[i]   <= VAL_0;
          B_Im_pipe[i]   <= VAL_0;
          AmB_Re_pipe[i] <= VAL_0;
          AmB_Im_pipe[i] <= VAL_0;
        end
      end
      else begin
        for (i = 0 ; i < PIPES ; i = i + 1) begin
          if (i == 0) begin
            A_Re_pipe[0] <= A_Re;
            B_Re_pipe[0] <= B_Re;
            A_Im_pipe[0] <= A_Im;
            B_Im_pipe[0] <= B_Im;
          end
          else begin
            A_Re_pipe[i] <= A_Re_pipe[i-1];
            B_Re_pipe[i] <= B_Re_pipe[i-1];
            A_Im_pipe[i] <= A_Im_pipe[i-1];
            B_Im_pipe[i] <= B_Im_pipe[i-1];
          end
    
          if (i == 0) begin
            AmB_Re_pipe[0] <= ( A_Re[SFT_WDT-1:0] -
                                B_Re[SFT_WDT-1:0] -
                               Ci_Re             );
            AmB_Im_pipe[0] <= ( A_Im[SFT_WDT-1:0] -
                                B_Im[SFT_WDT-1:0] -
                               Ci_Im             );
          end
          else begin
            AmB_Re_pipe[i] <= {AmB_Re_pipe[i-1]                         +
                               ((A_Re_pipe[i-1][(i*SFT_WDT) +: SFT_WDT] -
                                 B_Re_pipe[i-1][(i*SFT_WDT) +: SFT_WDT]
                                ) << (i*SFT_WDT))
                              };
            AmB_Im_pipe[i] <= {AmB_Im_pipe[i-1]                         +
                               ((A_Im_pipe[i-1][(i*SFT_WDT) +: SFT_WDT] -
                                 B_Im_pipe[i-1][(i*SFT_WDT) +: SFT_WDT]
                                ) << (i*SFT_WDT))
                              };
          end
        end
      end
    end
    
    assign A_Re_msb = A_Re_pipe[PIPES-1][D_WIDTH-1];
    assign B_Re_msb = B_Re_pipe[PIPES-1][D_WIDTH-1];
    assign A_Im_msb = A_Im_pipe[PIPES-1][D_WIDTH-1];
    assign B_Im_msb = B_Im_pipe[PIPES-1][D_WIDTH-1];
    
    assign AmB_Re   = {AmB_Re_pipe[PIPES-1]                   +
                       ((A_Re_pipe[PIPES-1][D_WIDTH-1:PIPE_WDT] -
                         B_Re_pipe[PIPES-1][D_WIDTH-1:PIPE_WDT]
                        ) << PIPE_WDT)
                      };
    assign AmB_Im   = {AmB_Im_pipe[PIPES-1]                   +
                       ((A_Im_pipe[PIPES-1][D_WIDTH-1:PIPE_WDT] -
                         B_Im_pipe[PIPES-1][D_WIDTH-1:PIPE_WDT]
                        ) << PIPE_WDT)
                      };
  end  // U_PIPELINES_GT_0
  else begin : U_PIPELINES_EQ_0
    // --------------
    // Combinatorial
    // --------------
    assign A_Re_msb = A_Re[D_WIDTH-1];
    assign B_Re_msb = B_Re[D_WIDTH-1];
    assign A_Im_msb = A_Im[D_WIDTH-1];
    assign B_Im_msb = B_Im[D_WIDTH-1];
    
    assign AmB_Re = {A_Re - B_Re - Ci_Re};
    assign AmB_Im = {A_Im - B_Im - Ci_Im};

  end  // U_PIPELINES_EQ_0
endgenerate

generate
  if (USE_OREG == "on") begin : U_O_REG_ON
    // ------------------
    // Sequential Output
    // ------------------
    always @ (posedge clk_i or posedge rst_i) begin
      if (rst_i) begin
        result_re_o <= VAL_0;
        result_im_o <= VAL_0;
        cout_re_o   <= UNSIGNED;
        cout_im_o   <= UNSIGNED;
      end
      else if (clk_en_i) begin
        result_re_o <= AmB_Re;
        result_im_o <= AmB_Im;
        cout_re_o   <= Co_Re_c;
        cout_im_o   <= Co_Im_c;
      end
    end
  end  // U_O_REG_ON
  else begin : U_O_REG_OFF
    // ---------------------
    // Combinatorial Output
    // ---------------------
    always @* begin
      result_re_o = AmB_Re;
      result_im_o = AmB_Im;
      cout_re_o   = Co_Re_c;
      cout_im_o   = Co_Im_c;
    end
  end  // U_O_REG_OFF
endgenerate

endmodule
//=============================================================================
// lscc_subtractor.v
//=============================================================================
`endif